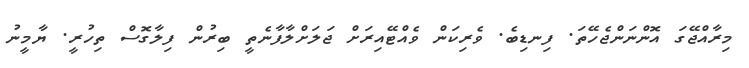
މިރާއްޖޭގަ އޮންނަންޖެހޭތަ. ފިނޑިބެ. ވެރިކަން ވެއްޓޭއިރަށް ޖަލަށްލާފާނެތީ ބިރުން ފިލާގޮސް ތިހުރީ. ޔާމީނު